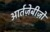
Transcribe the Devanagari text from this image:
आर्तज़ेबीज़ो